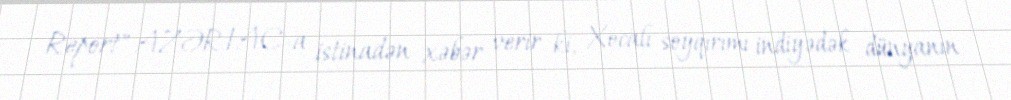
Report" AZƏRTAC-a istinadən xəbər verir ki, Xocalı soyqırımı indiyədək dünyanın